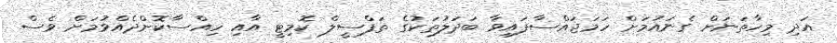
އަދި މިހާތަނަށް ގެނައުމަށް ހަމަޖައްސާފައިވާ ބަދަލުތަކުގެ ތަފްސީލް ކޮމިޓީ އާއި ހިއްސާކޮށްދެއްވުމަށް ވެސް